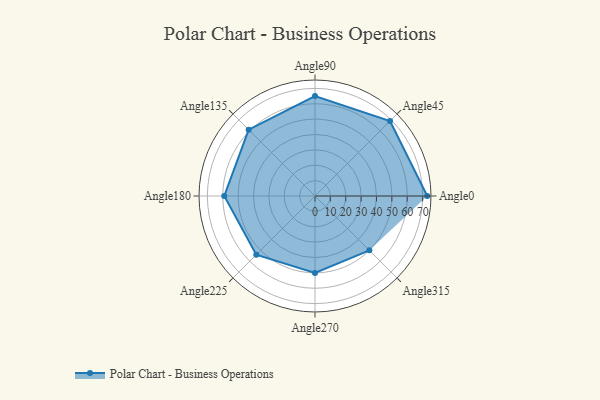
{"axis": {"x": "Angle", "y": "Radius"}, "legend": [""], "data": [{"x": "Angle0", "y": 73.0, "type": ""}, {"x": "Angle45", "y": 69.0, "type": ""}, {"x": "Angle90", "y": 65.0, "type": ""}, {"x": "Angle135", "y": 61.0, "type": ""}, {"x": "Angle180", "y": 59.0, "type": ""}, {"x": "Angle225", "y": 54.0, "type": ""}, {"x": "Angle270", "y": 50, "type": ""}, {"x": "Angle315", "y": 50, "type": ""}]}